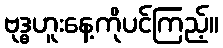
ဗုဒ္ဓဟူးနေ့ကိုပင်ကြည့်။